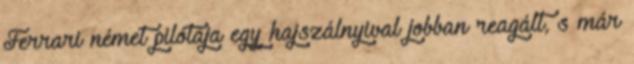
Ferrari német pilótája egy hajszálnyival jobban reagált, s már